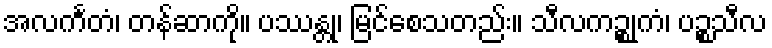
အလင်္ကတံ၊ တန်ဆာကို။ ပဿန္တု၊ မြင်စေသတည်း။ သီလကဉ္စုကံ၊ ပဉ္စသီလ